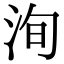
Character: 洵